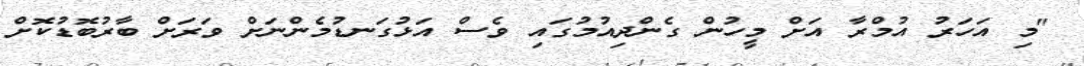
"މި އަަހަރު އުމްރާ އަށް މީހުން ގެންދިއުމުުގައި ވެސް އަޅުގަނޑުމެންނަށް ވަރަށް ބާރުބޮޑުކޮށް